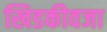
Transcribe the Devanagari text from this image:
खिडकीवजा